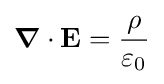
{\boldsymbol {\nabla }}\cdot \mathbf {E} ={\frac {\rho }{\varepsilon _{0}}}